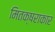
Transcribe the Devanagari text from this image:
मितक्षराकार